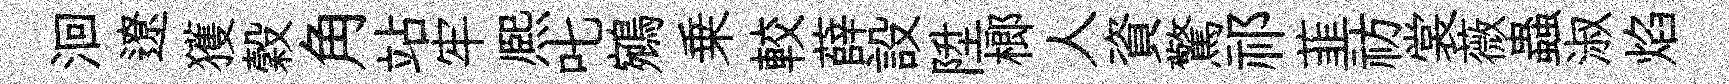
洄遼獲穀角站牢熈叱鵷乗較薛設陞榔人資驚祁韮祊裳薇蟲淑焰